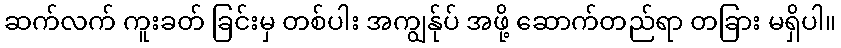
ဆက်လက် ကူးခတ် ခြင်းမှ တစ်ပါး အကျွန်ုပ် အဖို့ ဆောက်တည်ရာ တခြား မရှိပါ။